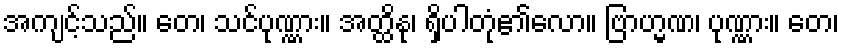
အကျင့်သည်။ တေ၊ သင်ပုဏ္ဏား။ အတ္ထိနု၊ ရှိပါတုံ၏လော။ ဗြာဟ္မဏ၊ ပုဏ္ဏား။ တေ၊